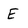
Character: E